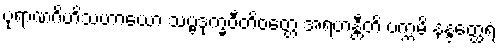
ပုရာဏဂိဟိသဟာယော သဗ္ဗဒုက္ခဝီတိဝတ္တေ အရဟန္တီတိ ပက္ကမိ နန္ဒတ္ထေရံ